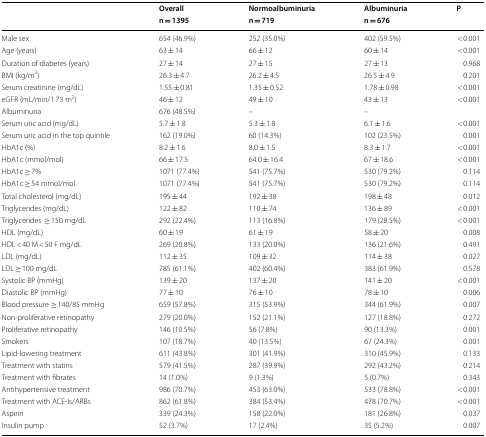
<table><thead><tr><td rowspan="2"></td><td><b>Overall</b></td><td><b>Normoalbuminuria</b></td><td><b>Albuminuria</b></td><td rowspan="2"><b>P</b></td></tr><tr><td><b>n = 1395</b></td><td><b>n = 719</b></td><td><b>n = 676</b></td></tr></thead><tbody><tr><td>Male sex</td><td>654 (46.9%)</td><td>252 (35.0%)</td><td>402 (59.5%)</td><td>&lt; 0.001</td></tr><tr><td>Age (years)</td><td>63 ± 14</td><td>66 ± 12</td><td>60 ± 14</td><td>&lt; 0.001</td></tr><tr><td>Duration of diabetes (years)</td><td>27 ± 14</td><td>27 ± 15</td><td>27 ± 13</td><td>0.968</td></tr><tr><td>BMI (kg/m<sup>2</sup>)</td><td>26.3 ± 4.7</td><td>26.2 ± 4.5</td><td>26.5 ± 4.9</td><td>0.201</td></tr><tr><td>Serum creatinine (mg/dL)</td><td>1.55 ± 0.81</td><td>1.35 ± 0.52</td><td>1.78 ± 0.98</td><td>&lt; 0.001</td></tr><tr><td>eGFR (mL/min/1.73 m<sup>2</sup>)</td><td>46 ± 12</td><td>49 ± 10</td><td>43 ± 13</td><td>&lt; 0.001</td></tr><tr><td>Albuminuria</td><td>676 (48.5%)</td><td>–</td><td>–</td><td></td></tr><tr><td>Serum uric acid (mg/dL)</td><td>5.7 ± 1.8</td><td>5.3 ± 1.8</td><td>6.1 ± 1.6</td><td>&lt; 0.001</td></tr><tr><td>Serum uric acid in the top quintile</td><td>162 (19.0%)</td><td>60 (14.3%)</td><td>102 (23.5%)</td><td>0.001</td></tr><tr><td>HbA1c (%)</td><td>8.2 ± 1.6</td><td>8.0 ± 1.5</td><td>8.3 ± 1.7</td><td>&lt; 0.001</td></tr><tr><td>HbA1c (mmol/mol)</td><td>66 ± 17.5</td><td>64.0 ± 16.4</td><td>67 ± 18.6</td><td>&lt; 0.001</td></tr><tr><td>HbA1c ≥ 7%</td><td>1071 (77.4%)</td><td>541 (75.7%)</td><td>530 (79.2%)</td><td>0.114</td></tr><tr><td>HbA1c ≥ 54 mmol/mol</td><td>1071 (77.4%)</td><td>541 (75.7%)</td><td>530 (79.2%)</td><td>0.114</td></tr><tr><td>Total cholesterol (mg/dL)</td><td>195 ± 44</td><td>192 ± 38</td><td>198 ± 48</td><td>0.012</td></tr><tr><td>Triglycerides (mg/dL)</td><td>122 ± 82</td><td>110 ± 74</td><td>136 ± 89</td><td>&lt; 0.001</td></tr><tr><td>Triglycerides≥ 150 mg/dL</td><td>292 (22.4%)</td><td>113 (16.8%)</td><td>179 (28.5%)</td><td>&lt; 0.001</td></tr><tr><td>HDL (mg/dL)</td><td>60 ± 19</td><td>61 ± 19</td><td>58 ± 20</td><td>0.008</td></tr><tr><td>HDL &lt; 40 M &lt; 50 F mg/dL</td><td>269 (20.8%)</td><td>133 (20.0%)</td><td>136 (21.6%)</td><td>0.491</td></tr><tr><td>LDL (mg/dL)</td><td>112 ± 35</td><td>109 ± 32</td><td>114 ± 38</td><td>0.027</td></tr><tr><td>LDL ≥ 100 mg/dL</td><td>785 (61.1%)</td><td>402 (60.4%)</td><td>383 (61.9%)</td><td>0.578</td></tr><tr><td>Systolic BP (mmHg)</td><td>139 ± 20</td><td>137 ± 20</td><td>141 ± 20</td><td>&lt; 0.001</td></tr><tr><td>Diastolic BP (mmHg)</td><td>77 ± 10</td><td>76 ± 10</td><td>78 ± 10</td><td>0.006</td></tr><tr><td>Blood pressure ≥ 140/85 mmHg</td><td>659 (57.8%)</td><td>315 (53.9%)</td><td>344 (61.9%)</td><td>0.007</td></tr><tr><td>Non-proliferative retinopathy</td><td>279 (20.0%)</td><td>152 (21.1%)</td><td>127 (18.8%)</td><td>0.272</td></tr><tr><td>Proliferative retinopathy</td><td>146 (10.5%)</td><td>56 (7.8%)</td><td>90 (13.3%)</td><td>0.001</td></tr><tr><td>Smokers</td><td>107 (18.7%)</td><td>40 (13.5%)</td><td>67 (24.3%)</td><td>0.001</td></tr><tr><td>Lipid-lowering treatment</td><td>611 (43.8%)</td><td>301 (41.9%)</td><td>310 (45.9%)</td><td>0.133</td></tr><tr><td>Treatment with statins</td><td>579 (41.5%)</td><td>287 (39.9%)</td><td>292 (43.2%)</td><td>0.214</td></tr><tr><td>Treatment with fibrates</td><td>14 (1.0%)</td><td>9 (1.3%)</td><td>5 (0.7%)</td><td>0.343</td></tr><tr><td>Antihypertensive treatment</td><td>986 (70.7%)</td><td>453 (63.0%)</td><td>533 (78.8%)</td><td>&lt; 0.001</td></tr><tr><td>Treatment with ACE-Is/ARBs</td><td>862 (61.8%)</td><td>384 (53.4%)</td><td>478 (70.7%)</td><td>&lt; 0.001</td></tr><tr><td>Aspirin</td><td>339 (24.3%)</td><td>158 (22.0%)</td><td>181 (26.8%)</td><td>0.037</td></tr><tr><td>Insulin pump</td><td>52 (3.7%)</td><td>17 (2.4%)</td><td>35 (5.2%)</td><td>0.007</td></tr></tbody></table>